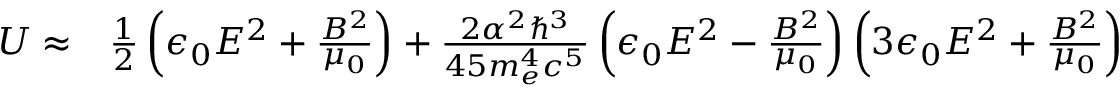
\begin{array} { r l } { U \approx } & { { } { \frac { 1 } { 2 } } \left( \epsilon _ { 0 } E ^ { 2 } + { \frac { B ^ { 2 } } { \mu _ { 0 } } } \right) + { \frac { 2 \alpha ^ { 2 } \hbar ^ { 3 } } { 4 5 m _ { e } ^ { 4 } c ^ { 5 } } } \left( \epsilon _ { 0 } E ^ { 2 } - { \frac { B ^ { 2 } } { \mu _ { 0 } } } \right) \left( 3 \epsilon _ { 0 } E ^ { 2 } + { \frac { B ^ { 2 } } { \mu _ { 0 } } } \right) } \end{array}